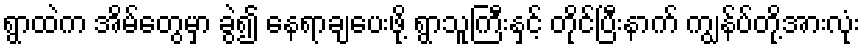
ရွာထဲက အိမ်တွေမှာ ခွဲ၍ နေရာချပေးဖို့ ရွာသူကြီးနှင့် တိုင်ပြီးနာက် ကျွန်ပ်တို့အားလုံး